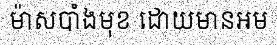
ម៉ាសបាំងមុខ ដោយមានអម